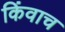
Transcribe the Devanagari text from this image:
किंवाच